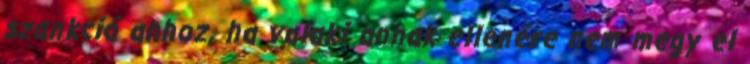
szankció ahhoz, ha valaki annak ellenére nem megy el